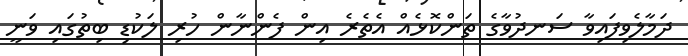
ދަމާލެވިފައިވާ ސަނދުވާގެ ތަންކޮޅެއް އެތެރެ އިން ފެންނާން ހުރި ލަކުޑި ބިތުގައި ވަނީ